Tartu_pedagoogiumi_aruanded, lk 74
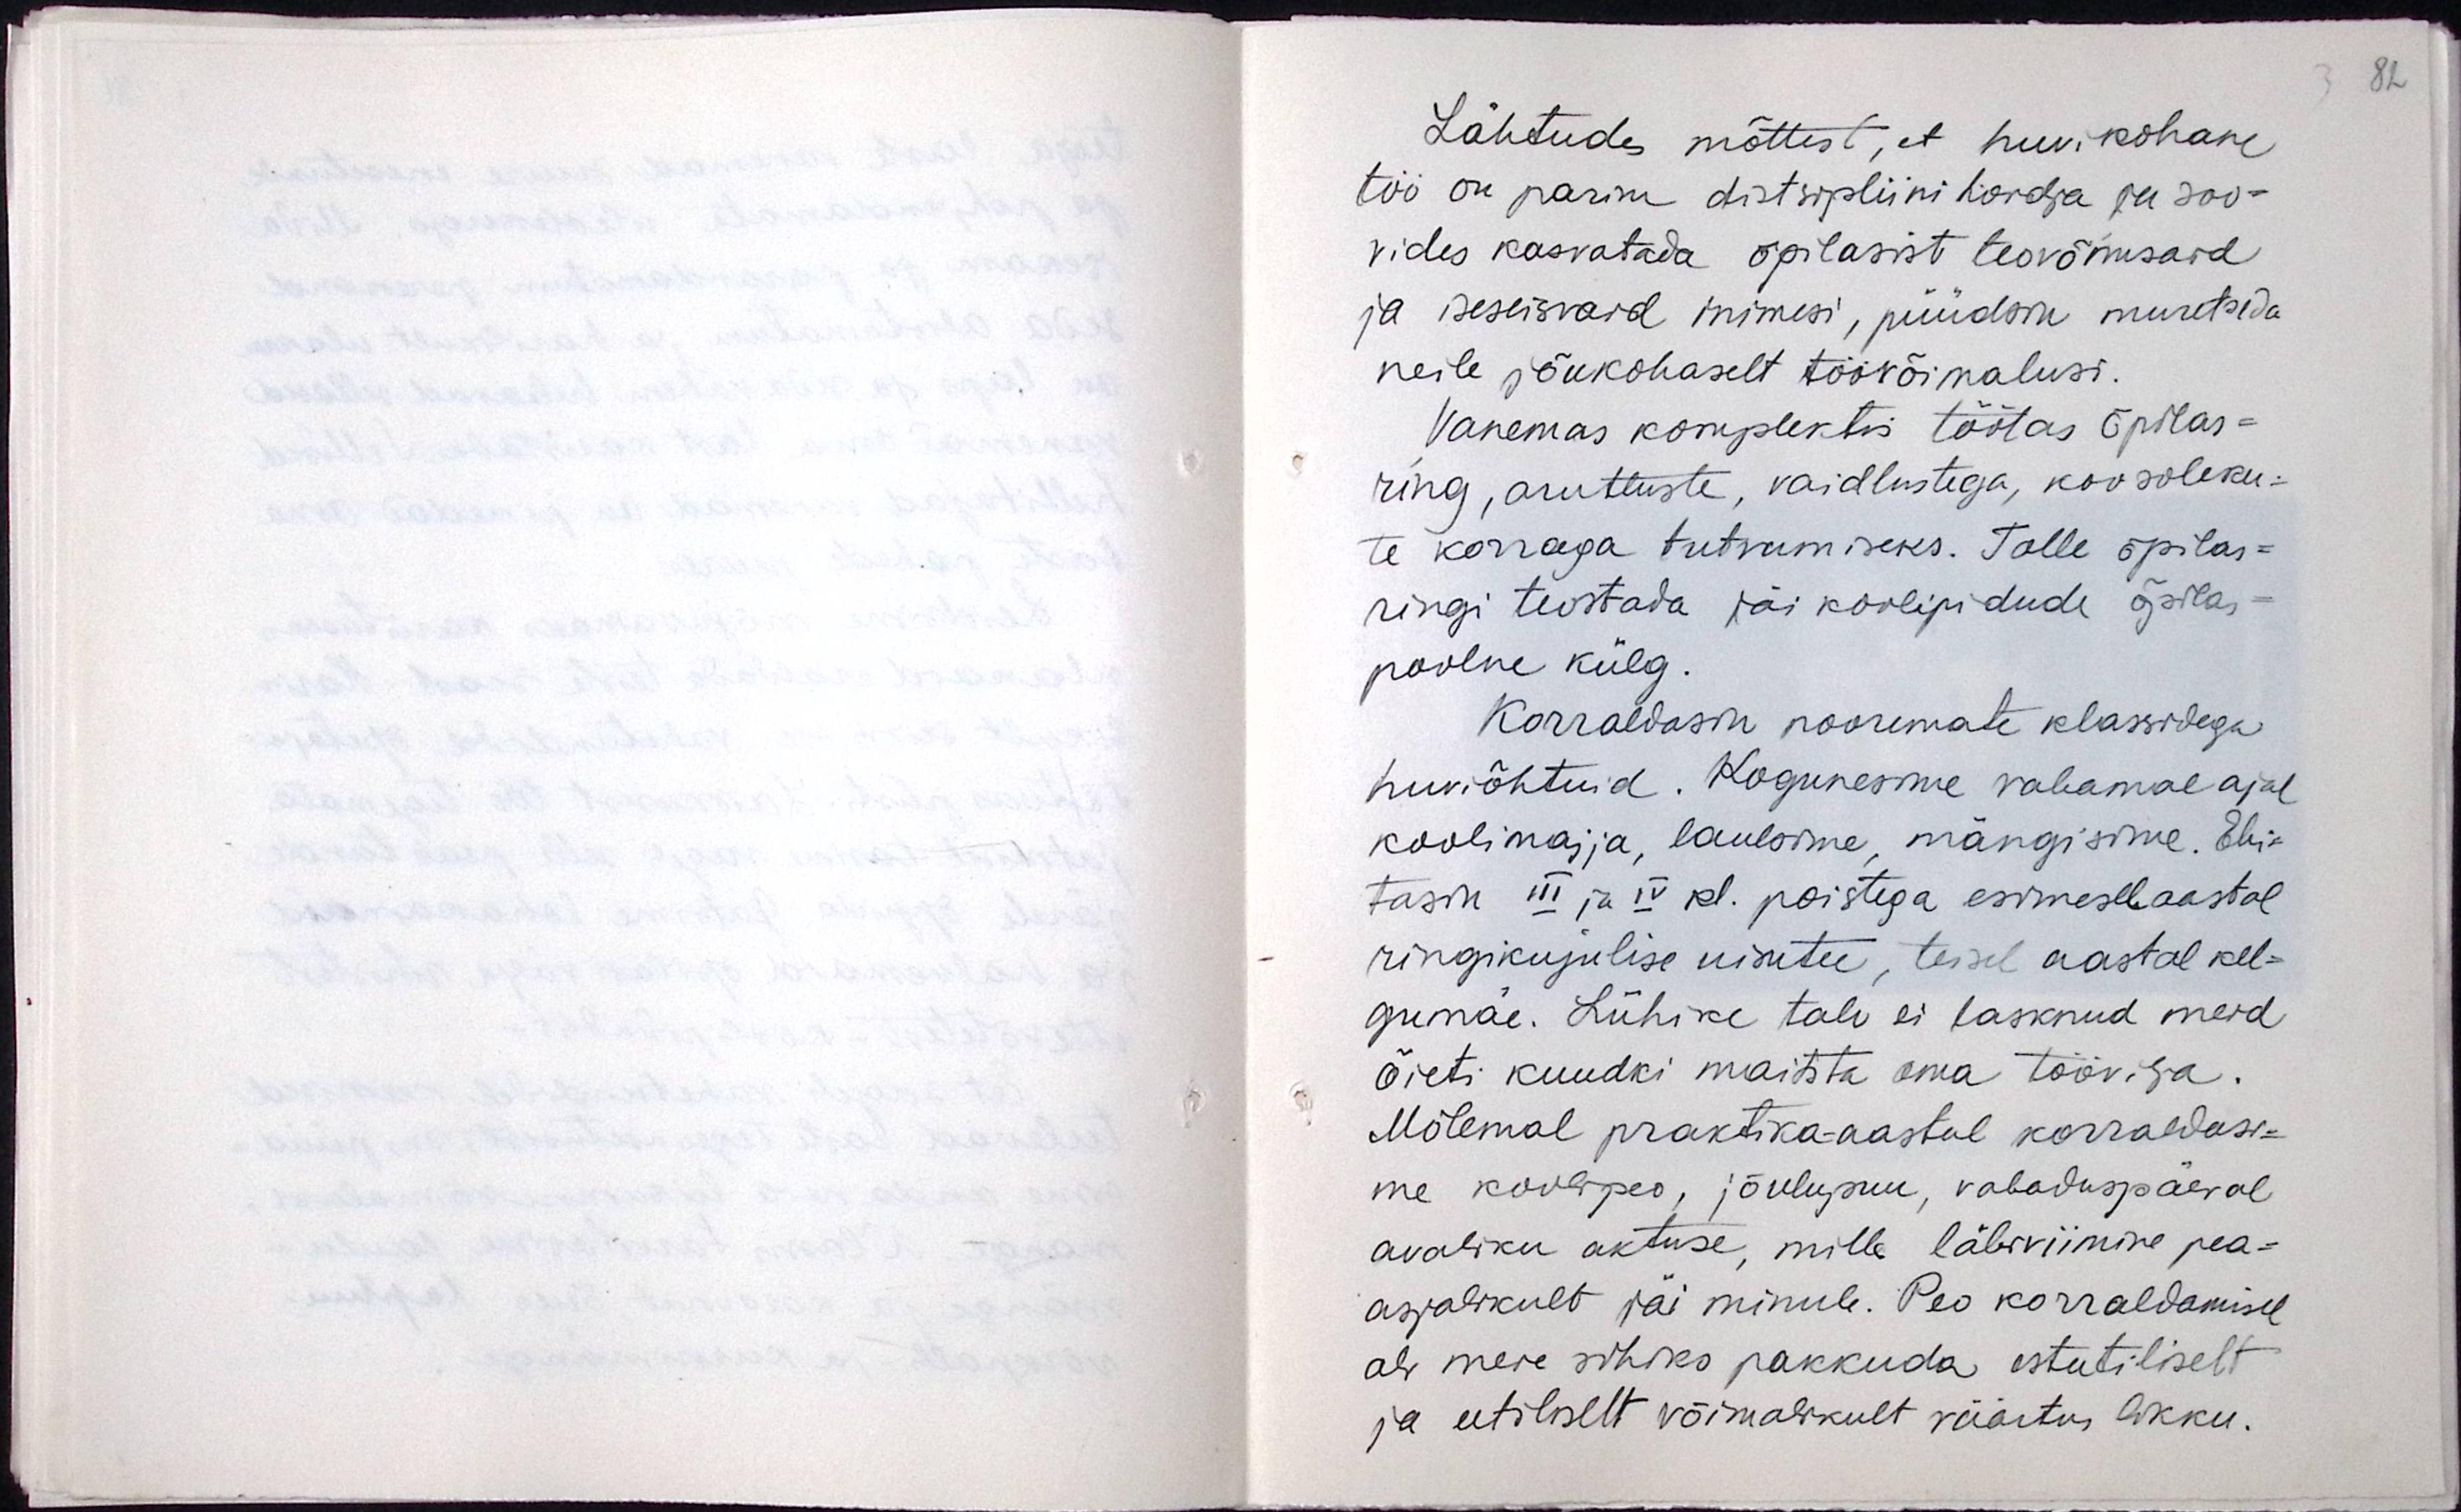
Lähtudes mõttest, et huvikohane
töö on parim distsipliini hoidja ja soo-
vides kasvatada õpilasist teovõimsaid
ja iseseisvaid inimesi, püüdsin muretseda
neile jõukohaselt töövõimalusi.
Vanemas komplektis töötas õpilas-
ring, arutluste, vaidlustega, koosoleku-
te korraga tutvumiseks. Talle õpilas-
ringi teostada jäi koolipidude õpilas-
poolne külg.
Korraldasin nooremate klassidega
huviõhtuid. Kogunesime vabamal ajal
koolimajja, laulsime, mängisime. Ehi-
tasin III ja IV.kl poistega esimesel aastal
ringikujulise uisutee, teisel aastal kel-
gumäe. Lühike tali ei lasknud meid
õieti kuudki maitsta oma töövilja.
Mõlemal praktika-aastal korraldasi-
me koolipeo, jõulupuu, vabaduspäeval
avaliku aktuse, mille läbiviimine pea-
asjalikult jäi minule. Peo korraldamisel
oli meie sihiks pakkuda esteetiliselt
ja eetiliselt võimalikult väärtuslikku.